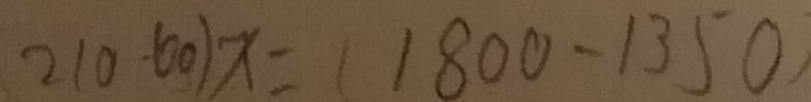
2 1 0 - 6 0 ) x = ( 1 8 0 0 - 1 3 5 0 )